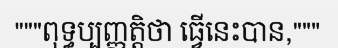
"""ពុទ្ធប្បញ្ញត្តិថា ធ្វើនេះបាន,"""